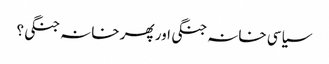
سیاسی خانہ جنگی اور پھر خانہ جنگی؟